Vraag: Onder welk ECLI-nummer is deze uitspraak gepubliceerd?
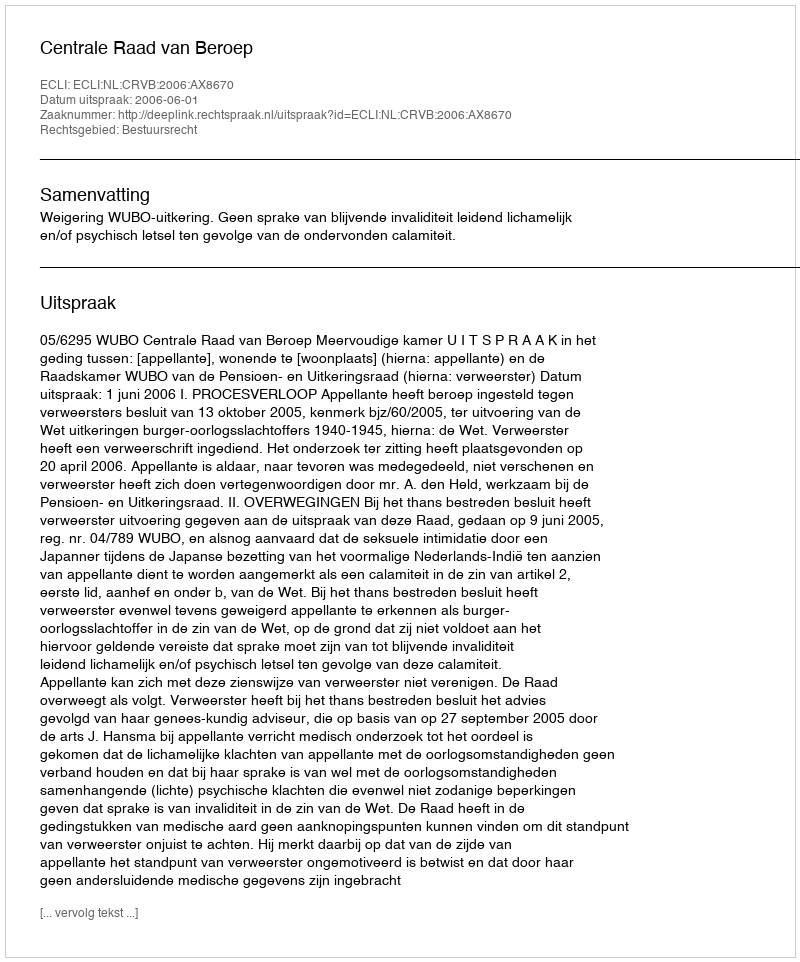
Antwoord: ECLI:NL:CRVB:2006:AX8670